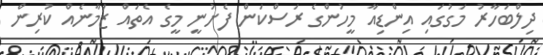
ދިލްބަހާރު މަގުގައި އިންޑިއާ މީހުންގެ ރަސްކަން ފެށުނީ މީގެ އެތައް ޒަމާނެއް ކުރިން